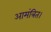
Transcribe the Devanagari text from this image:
आमंत्रित।